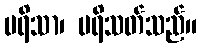
ပရိသာ၊ ပရိသတ်သည်။